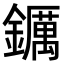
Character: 𨯅